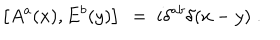
\left[ A ^ { a } ( x ) , E ^ { b } ( y ) \right] ~ = ~ i \delta ^ { a b } \delta ( x - y ) \; .